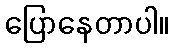
ပြောနေတာပါ။